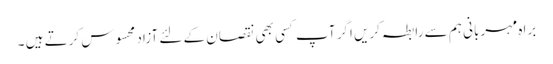
براہ مہربانی ہم سے رابطہ کریں اگر آپ کسی بھی نقصان کے لئے آزاد محسوس کرتے ہیں ۔